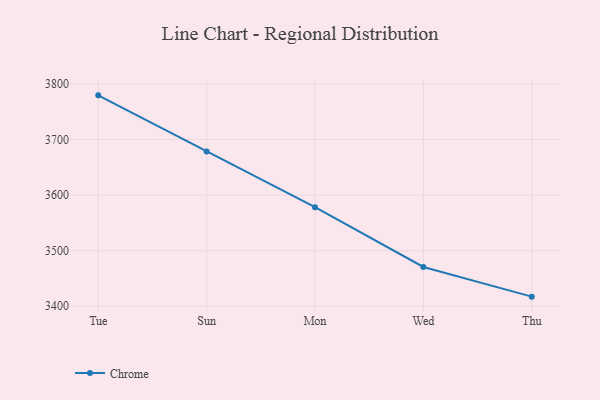
{"axis": {"x": "Day", "y": "Churn Rate (%)"}, "legend": ["Chrome"], "data": [{"x": "Tue", "y": 3779.6, "type": "Chrome"}, {"x": "Sun", "y": 3678.6, "type": "Chrome"}, {"x": "Mon", "y": 3578.4, "type": "Chrome"}, {"x": "Wed", "y": 3470.7, "type": "Chrome"}, {"x": "Thu", "y": 3417.3, "type": "Chrome"}]}